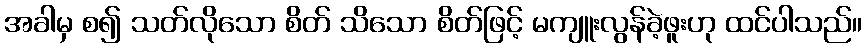
အခါမှ စ၍ သတ်လိုသော စိတ် သိသော စိတ်ဖြင့် မကျူးလွန်ခဲ့ဖူးဟု ထင်ပါသည်။